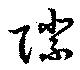
際